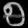
Digit: ၅